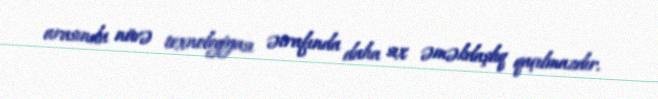
arasında nüvə texnologiyası ətrafında daha sıx əməkdaşlıq qaçılmazdır.